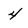
Character: 4